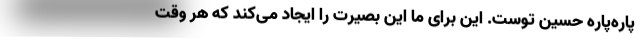
پاره‌پاره حسین توست. این برای ما این بصیرت را ایجاد می‌کند که هر وقت